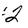
Character: 2